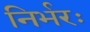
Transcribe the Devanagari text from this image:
निर्भरः